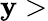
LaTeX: \mathbf{y}>